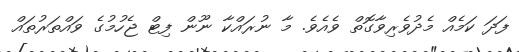
ފަދަ ކަމެއް މެދުވެރިވާގޮތް ވެއެވެ. މާ ނުރައްކާ ނޫން ފިޓް ޖެހުމުގެ ވައްތަރުތައް